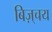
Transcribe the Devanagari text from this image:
बिज़्चय